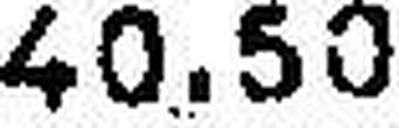
40.50